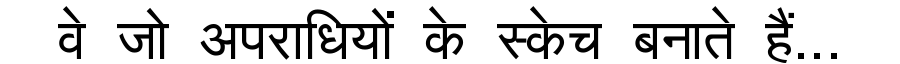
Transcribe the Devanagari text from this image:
वे जो अपराधियों के स्केच बनाते हैं...